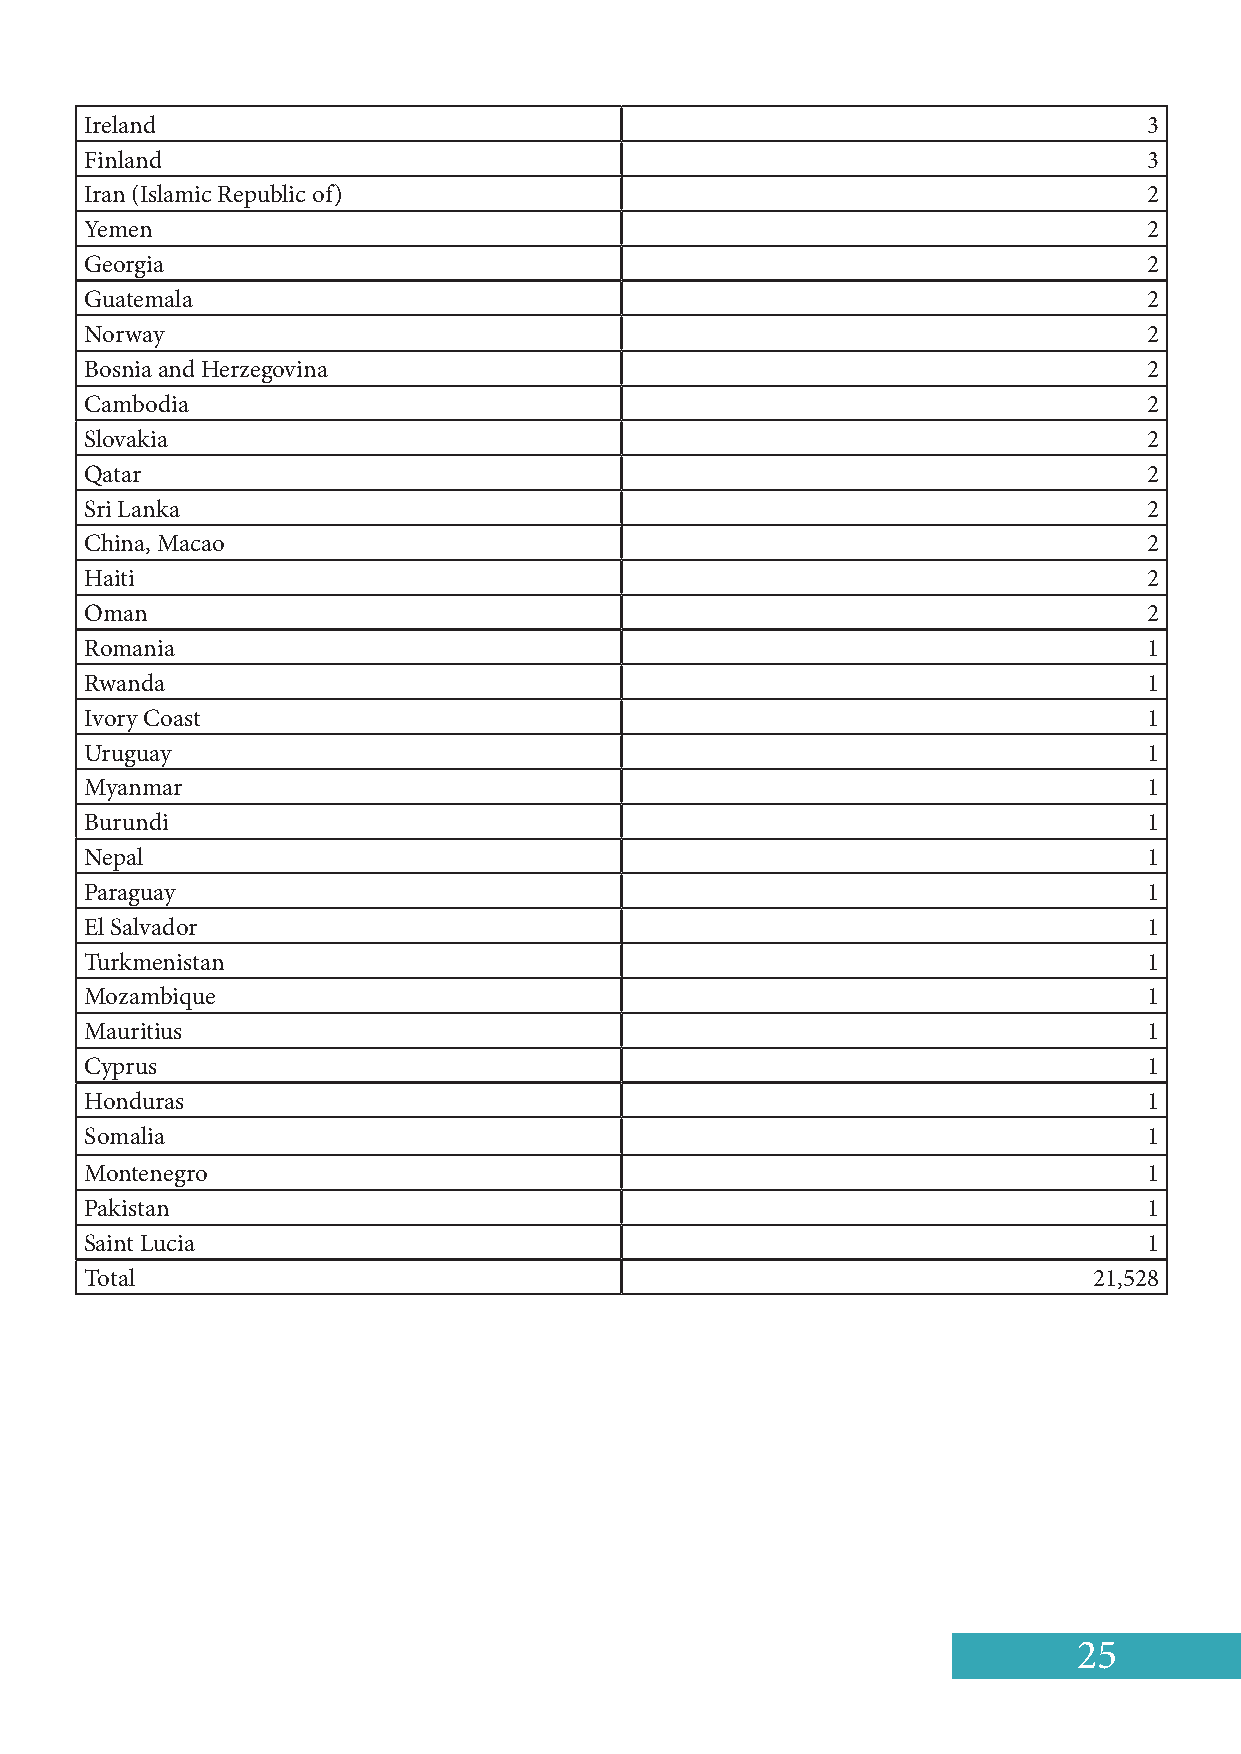
Ireland                                                               3
 Finland                                                               3
 Iran (Islamic Republic of)                                            2
 Yemen                                                                 2
 Georgia                                                               2
 Guatemala                                                             2
 Norway                                                                2
 Bosnia and Herzegovina                                                2
 Cambodia                                                              2
 Slovakia                                                              2
 Qatar                                                                 2
 Sri Lanka                                                             2
 China, Macao                                                          2
 Haiti                                                                 2
 Oman                                                                  2
 Romania                                                               1
 Rwanda                                                                1
 Ivory Coast                                                           1
 Uruguay                                                               1
 Myanmar                                                               1
 Burundi                                                               1
 Nepal                                                                 1
 Paraguay                                                              1
 El Salvador                                                           1
 Turkmenistan                                                          1
 Mozambique                                                            1
 Mauritius                                                             1
 Cyprus                                                                1
 Honduras                                                              1
 Somalia                                                               1
 Montenegro                                                            1
 Pakistan                                                              1
 Saint Lucia                                                           1
 Total                                                             21,528
 25